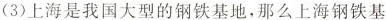
(3)上海是我国大型的钢铁基地，那么上海钢铁基